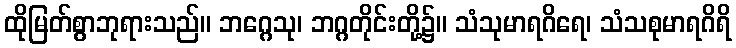
ထိုမြတ်စွာဘုရားသည်။ ဘဂ္ဂေသု၊ ဘဂ္ဂတိုင်းတို့၌။ သံသုမာရဂိရေ၊ သံသစုမာရဂိရိ